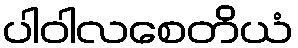
ပါဝါလစေတိယံ